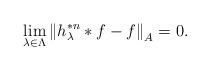
LaTeX: \begin{align*}\lim_{\lambda\in\Lambda} \left\Vert h_\lambda^{*n}\ast f-f \right\Vert_A=0.\end{align*}